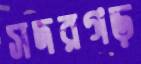
সদরগড়